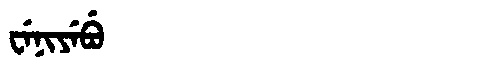
Manchu: ᠸᡝᠨᡳᠶᡝᠪᡠ
Romanization: WENIYEBU